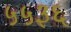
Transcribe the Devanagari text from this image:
५५३६